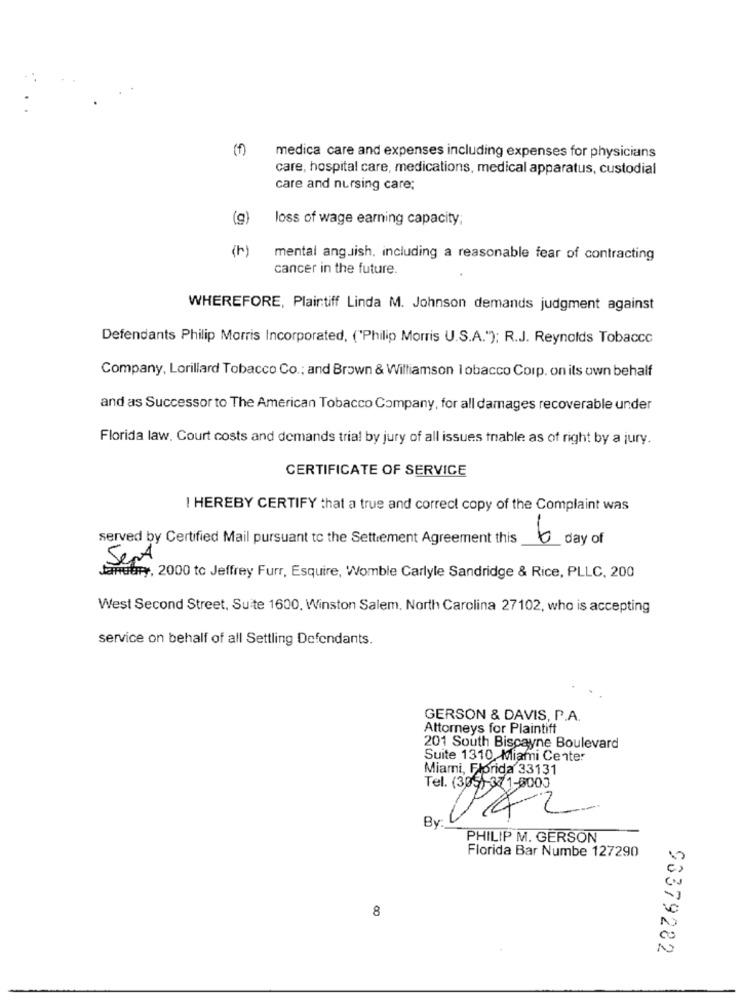
(f)
medica care and expenses including expenses for physicians
care, hospital care, medications, medical apparatus, custodial
care and nursing care;
(g)
loss of wage earning capacity;
mental anguish, including a reasonable fear of contracting
cancer in the future.
WHEREFORE, Plaintiff Linda M. Johnson demands judgment against
Defendants Philip Morris Incorporated, ('Philip Morris U.S.A."); R.J. Reynolds Tobacco
Company, Lorillard Tobacco Co .: and Brown & Williamson Tobacco Corp. on its own behalf
and as Successor to The American Tobacco Company, for all damages recoverable under
Florida law, Court costs and demands trial by jury of all issues trable as of right by a jury.
CERTIFICATE OF SERVICE
I HEREBY CERTIFY that a true and correct copy of the Complaint was
served by Certified Mail pursuant to the Settlement Agreement this
6 day of
Sept
arutry, 2000 tc Jeffrey Furr, Esquire, Womble Carlyle Sandridge & Rice, PLLC, 200
West Second Street, Suite 1600, Winston Salem, North Carolina 27102, who is accepting
service on behalf of all Settling Defendants.
GERSON & DAVIS, P.A.
Attorneys for Plaintiff
201 South Biscayne Boulevard
Suite 1310 Miami Center
Miami, Florida 33131
2
By
PHILIP M. GERSON
Florida Bar Numbe 127290
8
0
00
93379282